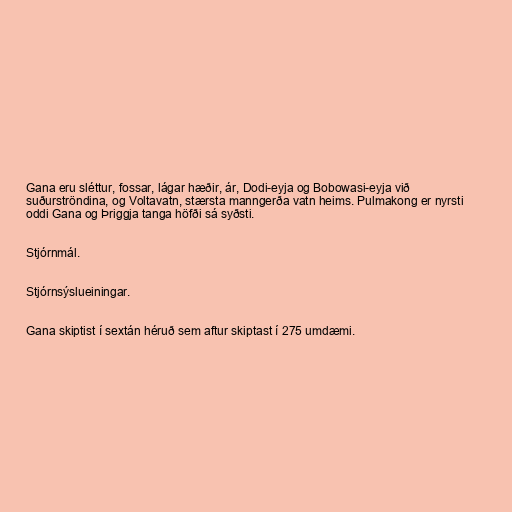
Gana eru sléttur, fossar, lágar hæðir, ár, Dodi-eyja og Bobowasi-eyja við
suðurströndina, og Voltavatn, stærsta manngerða vatn heims. Pulmakong er nyrsti
oddi Gana og Þriggja tanga höfði sá syðsti.

Stjórnmál.

Stjórnsýslueiningar.

Gana skiptist í sextán héruð sem aftur skiptast í 275 umdæmi.